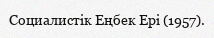
Социалистiк Еңбек Ері (1957).